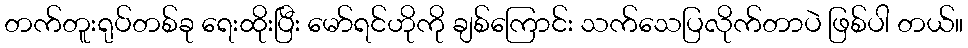
တက်တူးရုပ်တစ်ခု ရေးထိုးပြီး မော်ရင်ဟိုကို ချစ်ကြောင်း သက်သေပြလိုက်တာပဲ ဖြစ်ပါ တယ်။